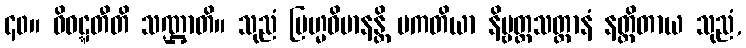
၄၀။ ဝိဝဋ္ဋတီတိ သဏ္ဌာတိ။ သုညံ ဗြဟ္မဝိမာနန္တိ ပကတိယာ နိဗ္ဗတ္တသတ္တာနံ နတ္ထိတာယ သုညံ,